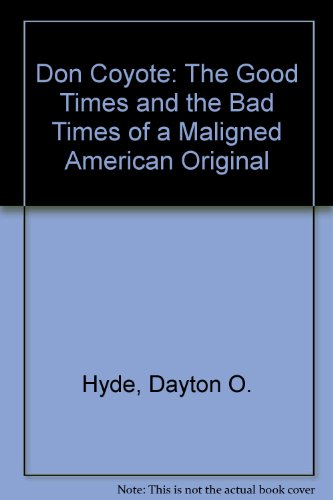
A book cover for Don Coyote: The Good Times and the Bad Times of a Much Maligned America; Dayton O. Hyde; Sports & Outdoors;